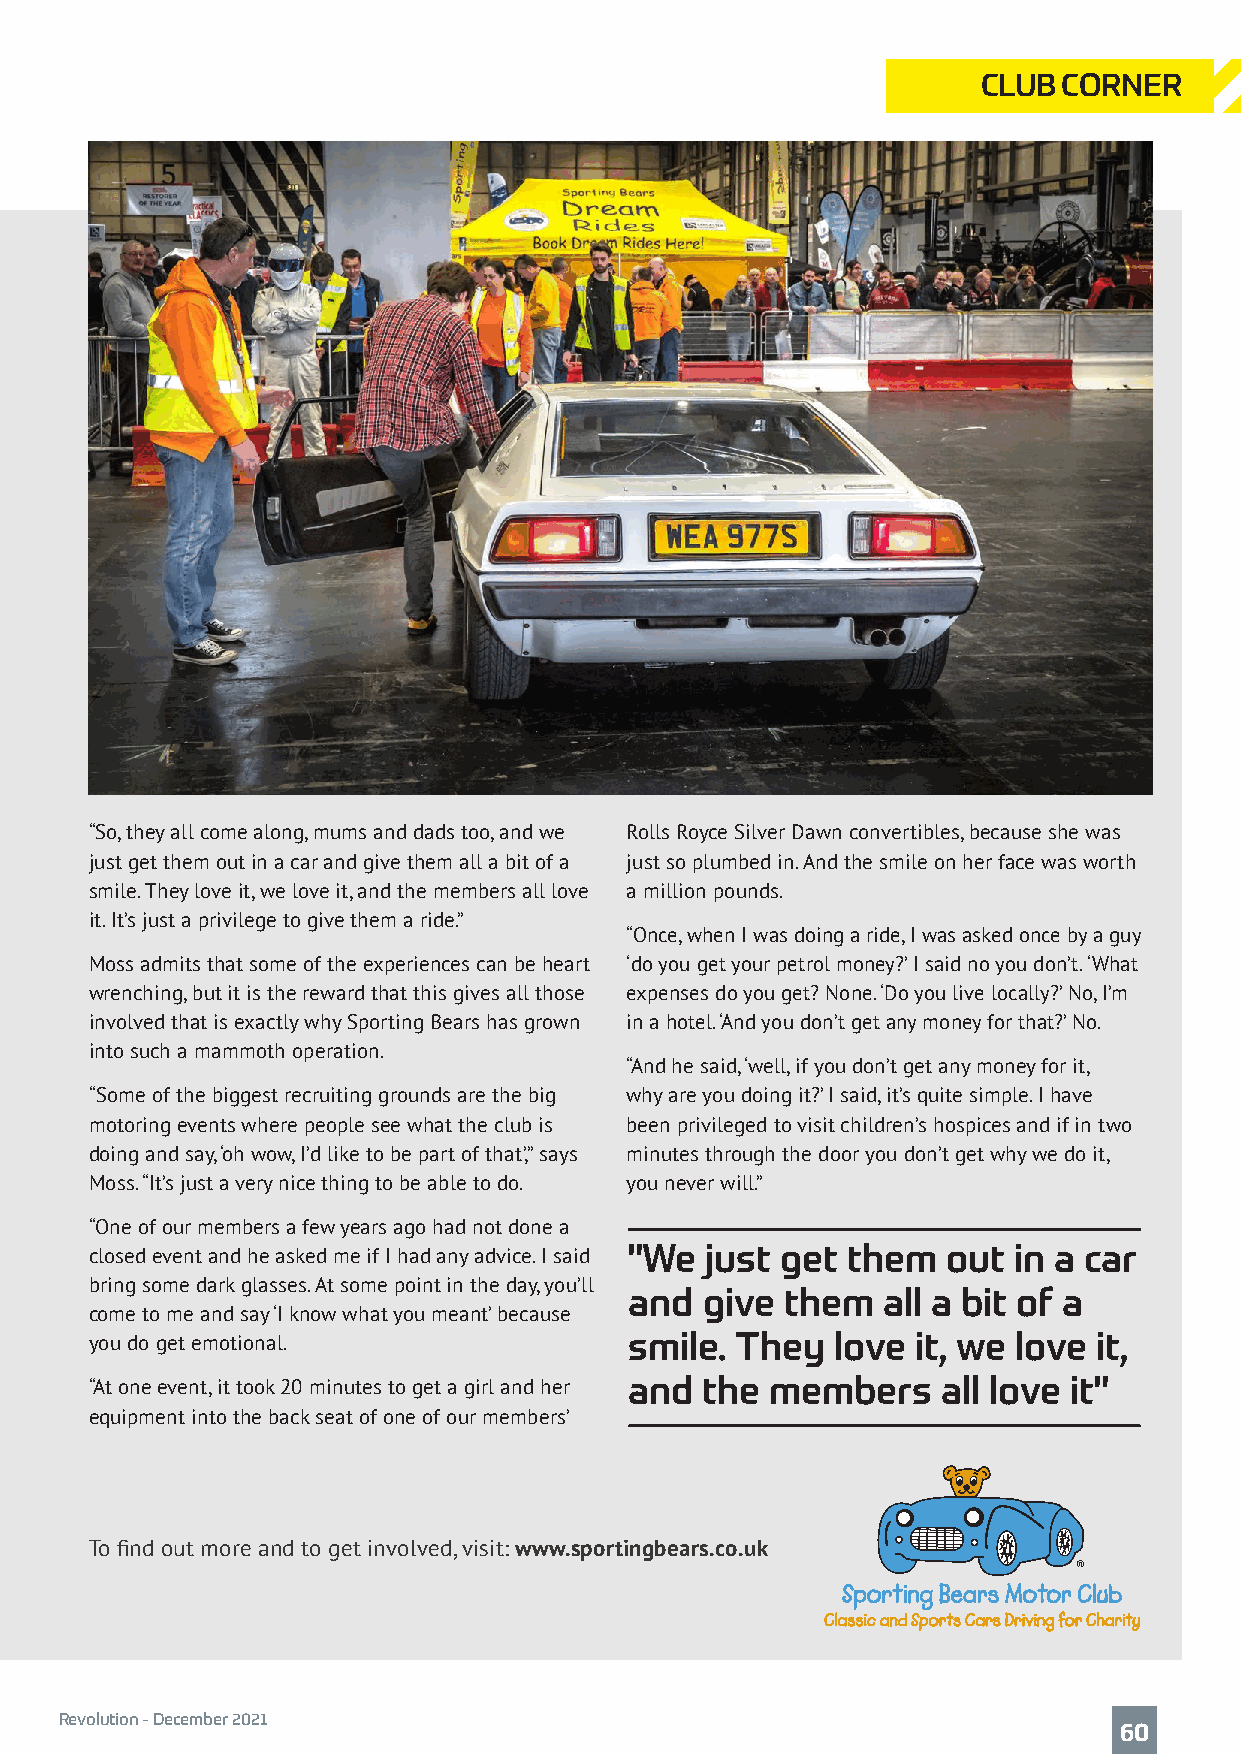
CLUB CORNER
 “So, they all come along, mums and dads too, and we Rolls Royce Silver Dawn convertibles, because she was
 just get them out in a car and give them all a bit of a just so plumbed in. And the smile on her face was worth
 smile. They love it, we love it, and the members all love a million pounds.
 it. It’s just a privilege to give them a ride.”
 “Once, when I was doing a ride, I was asked once by a guy
 Moss admits that some of the experiences can be heart ‘do you get your petrol money?’ I said no you don’t. ‘What
 wrenching, but it is the reward that this gives all those expenses do you get? None. ‘Do you live locally?’ No, I’m
 involved that is exactly why Sporting Bears has grown in a hotel. ‘And you don’t get any money for that?’ No.
 into such a mammoth operation.
 “And he said, ‘well, if you don’t get any money for it,
 “Some of the biggest recruiting grounds are the big why are you doing it?’ I said, it’s quite simple. I have
 motoring events where people see what the club is been privileged to visit children’s hospices and if in two
 doing and say, ‘oh wow, I’d like to be part of that,’” says minutes through the door you don’t get why we do it,
 Moss. “It’s just a very nice thing to be able to do. you never will.”
 “One of our members a few years ago had not done a
 closed event and he asked me if I had any advice. I said "We just get them out in a car
 bring some dark glasses. At some point in the day, you’ll
 and give  them  all a bit of a
 come to me and say ‘I know what you meant’ because
 you do get emotional.               smile. They  love  it, we love it,
 “At one event, it took 20 minutes to get a girl and her and the members all love it"
 equipment into the back seat of one of our members’
 To find out more and to get involved, visit: www.sportingbears.co.uk
 Revolution - December 2021
 6600